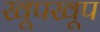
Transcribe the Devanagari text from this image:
खूपखूप